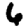
Digit: 6